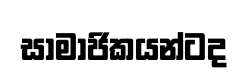
සාමාජිකයන්ටද